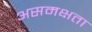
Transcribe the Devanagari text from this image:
असमक्षता